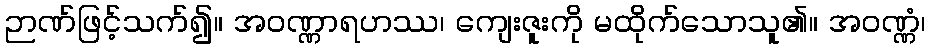
ဉာဏ်ဖြင့်သက်၍။ အဝဏ္ဏာရဟဿ၊ ကျေးဇူးကို မထိုက်သောသူ၏။ အဝဏ္ဏံ၊